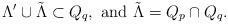
LaTeX: \begin{align*}\Lambda'\cup \tilde{\Lambda}\subset Q_q, \textrm{~and~} \tilde{\Lambda}=Q_p\cap Q_q.\end{align*}